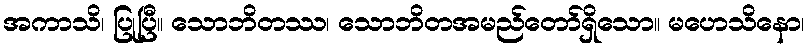
အကာသိ၊ ပြုပြီ။ သောဘိတဿ၊ သောဘိတအမည်တော်ရှိသော။ မဟေသိနော၊